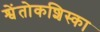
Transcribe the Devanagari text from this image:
श्वेंतोकशिस्का